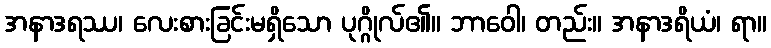
အနာဒရဿ၊ လေးစားခြင်းမရှိသော ပုဂ္ဂိုလ်၏။ ဘာဝေါ၊ တည်း။ အနာဒရိယံ၊ ရာ။